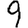
Digit: 9